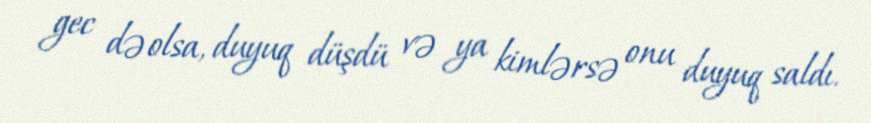
gec də olsa, duyuq düşdü və ya kimlərsə onu duyuq saldı.